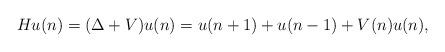
LaTeX: \begin{align*}Hu(n)=(\Delta+V)u(n)=u(n+1)+u(n-1)+V(n)u(n),\end{align*}